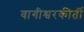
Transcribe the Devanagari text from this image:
वागीश्वरकीर्ती